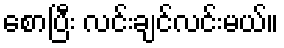
စောပြီး လင်းချင်လင်းမယ်။